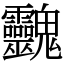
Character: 䰱